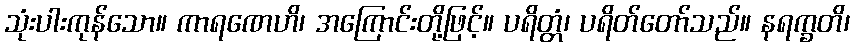
သုံးပါးကုန်သော။ ကာရဏေဟိ၊ အကြောင်းတို့ဖြင့်။ ပရိတ္တံ၊ ပရိတ်တော်သည်။ နရက္ခတိ၊